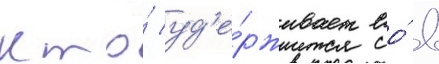
кто́ уд'е́рживает ео́ в